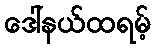
ဒေါ်နယ်ထရမ့်